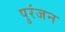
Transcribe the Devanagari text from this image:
पुरंजन